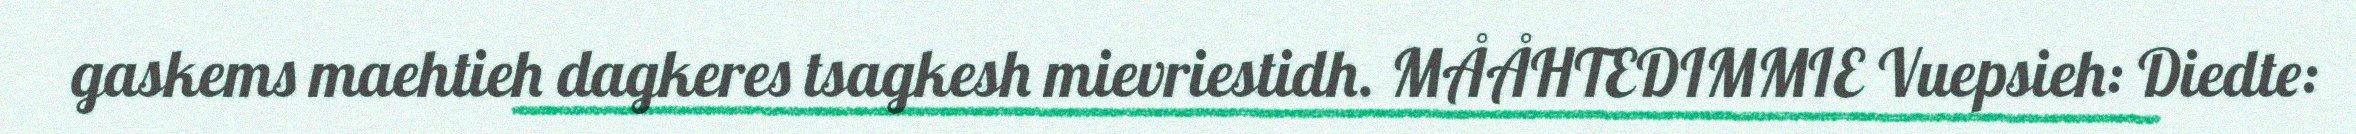
gaskems maehtieh dagkeres tsagkesh mievriestidh. MÅÅHTEDIMMIE Vuepsieh: Diedte: